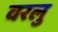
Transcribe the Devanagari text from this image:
वरलु